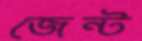
জেন্ট